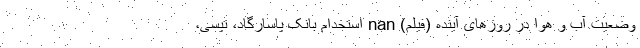
وضعیت آب و هوا در روزهای آینده (فیلم) nan استخدام بانک پاسارگاد، تپسی،